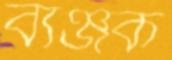
ব্যঞ্জক